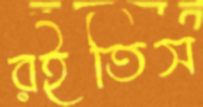
রইতিস